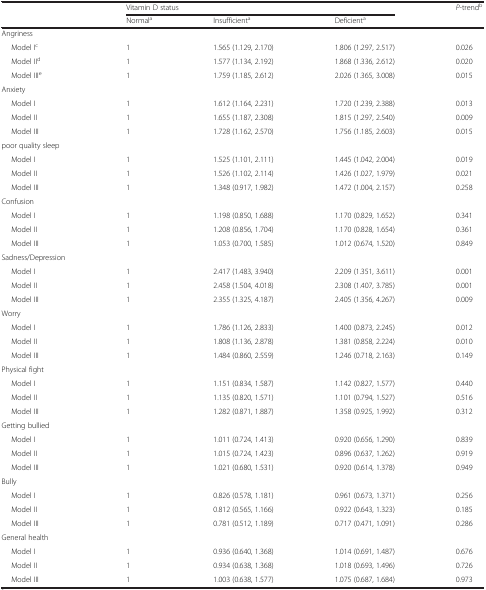
<table><thead><tr><td rowspan="2">[EMPTY_CELL]</td><td colspan="3"><b>Vitamin D status</b></td><td rowspan="2"><b><i>P</i>-trend<sup>b</sup></b></td></tr><tr><td><b>Normal<sup>a</sup></b></td><td><b>Insufficient<sup>a</sup></b></td><td><b>Deficient<sup>a</sup></b></td></tr></thead><tbody><tr><td>Angriness</td><td>[EMPTY_CELL]</td><td>[EMPTY_CELL]</td><td>[EMPTY_CELL]</td><td>[EMPTY_CELL]</td></tr><tr><td>Model I<sup>c</sup></td><td>1</td><td>1.565 (1.129, 2.170)</td><td>1.806 (1.297, 2.517)</td><td>0.026</td></tr><tr><td>Model II<sup>d</sup></td><td>1</td><td>1.577 (1.134, 2.192)</td><td>1.868 (1.336, 2.612)</td><td>0.020</td></tr><tr><td>Model III<sup>e</sup></td><td>1</td><td>1.759 (1.185, 2.612)</td><td>2.026 (1.365, 3.008)</td><td>0.015</td></tr><tr><td>Anxiety</td><td>[EMPTY_CELL]</td><td>[EMPTY_CELL]</td><td>[EMPTY_CELL]</td><td>[EMPTY_CELL]</td></tr><tr><td>Model I</td><td>1</td><td>1.612 (1.164, 2.231)</td><td>1.720 (1.239, 2.388)</td><td>0.013</td></tr><tr><td>Model II</td><td>1</td><td>1.655 (1.187, 2.308)</td><td>1.815 (1.297, 2.540)</td><td>0.009</td></tr><tr><td>Model III</td><td>1</td><td>1.728 (1.162, 2.570)</td><td>1.756 (1.185, 2.603)</td><td>0.015</td></tr><tr><td>poor quality sleep</td><td>[EMPTY_CELL]</td><td>[EMPTY_CELL]</td><td>[EMPTY_CELL]</td><td>[EMPTY_CELL]</td></tr><tr><td>Model I</td><td>1</td><td>1.525 (1.101, 2.111)</td><td>1.445 (1.042, 2.004)</td><td>0.019</td></tr><tr><td>Model II</td><td>1</td><td>1.526 (1.102, 2.114)</td><td>1.426 (1.027, 1.979)</td><td>0.021</td></tr><tr><td>Model III</td><td>1</td><td>1.348 (0.917, 1.982)</td><td>1.472 (1.004, 2.157)</td><td>0.258</td></tr><tr><td>Confusion</td><td>[EMPTY_CELL]</td><td>[EMPTY_CELL]</td><td>[EMPTY_CELL]</td><td>[EMPTY_CELL]</td></tr><tr><td>Model I</td><td>1</td><td>1.198 (0.850, 1.688)</td><td>1.170 (0.829, 1.652)</td><td>0.341</td></tr><tr><td>Model II</td><td>1</td><td>1.208 (0.856, 1.704)</td><td>1.170 (0.828, 1.654)</td><td>0.361</td></tr><tr><td>Model III</td><td>1</td><td>1.053 (0.700, 1.585)</td><td>1.012 (0.674, 1.520)</td><td>0.849</td></tr><tr><td>Sadness/Depression</td><td>[EMPTY_CELL]</td><td>[EMPTY_CELL]</td><td>[EMPTY_CELL]</td><td>[EMPTY_CELL]</td></tr><tr><td>Model I</td><td>1</td><td>2.417 (1.483, 3.940)</td><td>2.209 (1.351, 3.611)</td><td>0.001</td></tr><tr><td>Model II</td><td>1</td><td>2.458 (1.504, 4.018)</td><td>2.308 (1.407, 3.785)</td><td>0.001</td></tr><tr><td>Model III</td><td>1</td><td>2.355 (1.325, 4.187)</td><td>2.405 (1.356, 4.267)</td><td>0.009</td></tr><tr><td>Worry</td><td>[EMPTY_CELL]</td><td>[EMPTY_CELL]</td><td>[EMPTY_CELL]</td><td>[EMPTY_CELL]</td></tr><tr><td>Model I</td><td>1</td><td>1.786 (1.126, 2.833)</td><td>1.400 (0.873, 2.245)</td><td>0.012</td></tr><tr><td>Model II</td><td>1</td><td>1.808 (1.136, 2.878)</td><td>1.381 (0.858, 2.224)</td><td>0.010</td></tr><tr><td>Model III</td><td>1</td><td>1.484 (0.860, 2.559)</td><td>1.246 (0.718, 2.163)</td><td>0.149</td></tr><tr><td>Physical fight</td><td>[EMPTY_CELL]</td><td>[EMPTY_CELL]</td><td>[EMPTY_CELL]</td><td>[EMPTY_CELL]</td></tr><tr><td>Model I</td><td>1</td><td>1.151 (0.834, 1.587)</td><td>1.142 (0.827, 1.577)</td><td>0.440</td></tr><tr><td>Model II</td><td>1</td><td>1.135 (0.820, 1.571)</td><td>1.101 (0.794, 1.527)</td><td>0.516</td></tr><tr><td>Model III</td><td>1</td><td>1.282 (0.871, 1.887)</td><td>1.358 (0.925, 1.992)</td><td>0.312</td></tr><tr><td>Getting bullied</td><td>[EMPTY_CELL]</td><td>[EMPTY_CELL]</td><td>[EMPTY_CELL]</td><td>[EMPTY_CELL]</td></tr><tr><td>Model I</td><td>1</td><td>1.011 (0.724, 1.413)</td><td>0.920 (0.656, 1.290)</td><td>0.839</td></tr><tr><td>Model II</td><td>1</td><td>1.015 (0.724, 1.423)</td><td>0.896 (0.637, 1.262)</td><td>0.919</td></tr><tr><td>Model III</td><td>1</td><td>1.021 (0.680, 1.531)</td><td>0.920 (0.614, 1.378)</td><td>0.949</td></tr><tr><td>Bully</td><td>[EMPTY_CELL]</td><td>[EMPTY_CELL]</td><td>[EMPTY_CELL]</td><td>[EMPTY_CELL]</td></tr><tr><td>Model I</td><td>1</td><td>0.826 (0.578, 1.181)</td><td>0.961 (0.673, 1.371)</td><td>0.256</td></tr><tr><td>Model II</td><td>1</td><td>0.812 (0.565, 1.166)</td><td>0.922 (0.643, 1.323)</td><td>0.185</td></tr><tr><td>Model III</td><td>1</td><td>0.781 (0.512, 1.189)</td><td>0.717 (0.471, 1.091)</td><td>0.286</td></tr><tr><td>General health</td><td>[EMPTY_CELL]</td><td>[EMPTY_CELL]</td><td>[EMPTY_CELL]</td><td>[EMPTY_CELL]</td></tr><tr><td>Model I</td><td>1</td><td>0.936 (0.640, 1.368)</td><td>1.014 (0.691, 1.487)</td><td>0.676</td></tr><tr><td>Model II</td><td>1</td><td>0.934 (0.638, 1.368)</td><td>1.018 (0.693, 1.496)</td><td>0.726</td></tr><tr><td>Model III</td><td>1</td><td>1.003 (0.638, 1.577)</td><td>1.075 (0.687, 1.684)</td><td>0.973</td></tr></tbody></table>